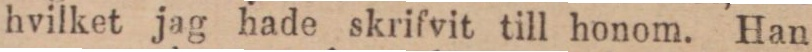
hvilket jag hade skrifvit till honom. Han